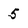
Character: 5